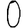
Digit: 0